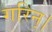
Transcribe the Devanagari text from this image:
गरिन्।